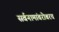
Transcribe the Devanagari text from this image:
सर्वनामांबरोबरच